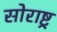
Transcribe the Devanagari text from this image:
सोराष्ट्र